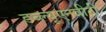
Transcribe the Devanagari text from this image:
डब्ल्यूएनवीटी